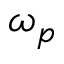
\omega _ { p }